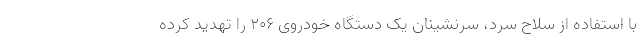
با استفاده از سلاح سرد، سرنشینان یک دستگاه خودروی ۲۰۶ را تهدید کرده